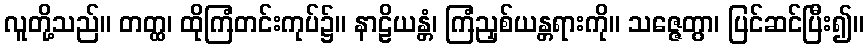
လူတို့သည်။ တတ္ထ၊ ထိုကြံတင်းကုပ်၌။ နာဠိယန္တံ၊ ကြံညှစ်ယန္တရားကို။ သဇ္ဇေတွာ၊ ပြင်ဆင်ပြီး၍။